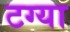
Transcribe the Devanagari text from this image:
टग्या